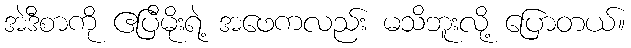
အဲဒီစာကို ဧပြီမိုးရဲ့ အဖေကလည်း မသိဘူးလို့ ပြောတယ်။